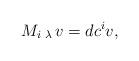
LaTeX: \begin{align*}M_i\,{}_\lambda\, v=dc^i v,\end{align*}